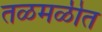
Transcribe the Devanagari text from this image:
तळमळीत